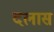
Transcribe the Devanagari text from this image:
दलास